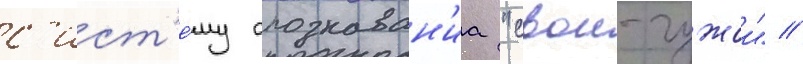
с'ист'е́му опознаван'иа "свои-чужои" //